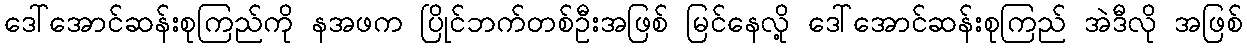
ဒေါ်အောင်ဆန်းစုကြည်ကို နအဖက ပြိုင်ဘက်တစ်ဦးအဖြစ် မြင်နေလို့ ဒေါ်အောင်ဆန်းစုကြည် အဲဒီလို အဖြစ်